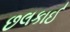
છલકાઈ